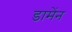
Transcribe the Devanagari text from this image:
डामेंन